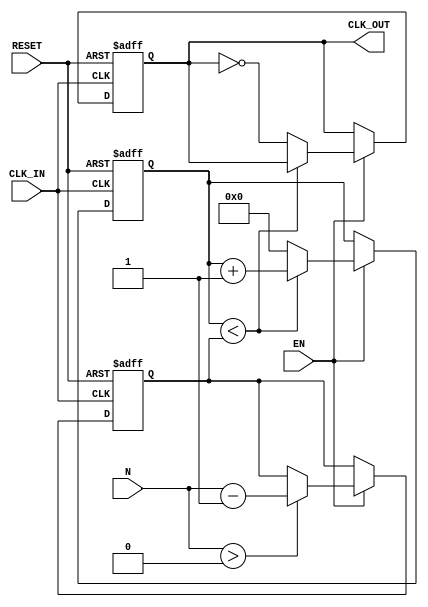
module clock_divider (
    input wire CLK_IN,      // Input clock
    input wire RESET,       // Reset signal
    input wire EN,          // Enable signal
    input wire [31:0] N,    // Division factor
    output reg CLK_OUT      // Output divided clock
);

reg [31:0] counter;        // Counter to keep track of clock cycles
reg [31:0] count_limit;    // Limit for the counter 

// Ensure N is a positive integer
always @(posedge CLK_IN or posedge RESET) begin
    if (RESET) begin
        counter <= 0;
        CLK_OUT <= 0;
        count_limit <= 0;  // Initialize count_limit on reset
    end
    else if (EN) begin
        // Set Count Limit based on division factor N
        if (N > 0) begin
            count_limit <= (N - 1);  // Counter should count from 0 to N-1
        end
        // Increment counter
        if (counter < count_limit) begin
            counter <= counter + 1;
        end
        else begin
            counter <= 0;            // Reset the counter
            CLK_OUT <= ~CLK_OUT;     // Toggle the output clock
        end
    end
end

endmodule